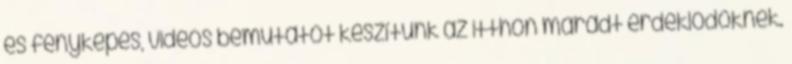
és fényképes, videós bemutatót készítünk az itthon maradt érdeklődőknek.